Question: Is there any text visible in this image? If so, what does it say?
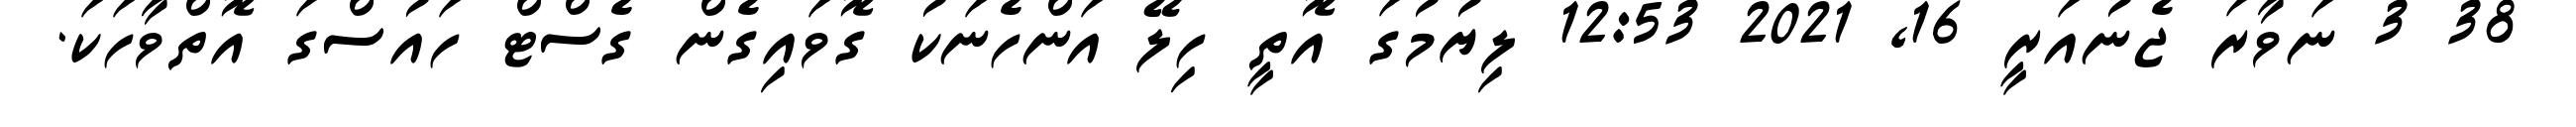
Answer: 38 3 ނަވާރަ ޖެނުއަރީ 16, 2021 12:53 ލިޔުމުގަ އޮތީ ހިލޭ އަންހެނަކު ގޮވައިގެން ގެސްޓް ހައުސްގަ އޮތްވާހަކަ.